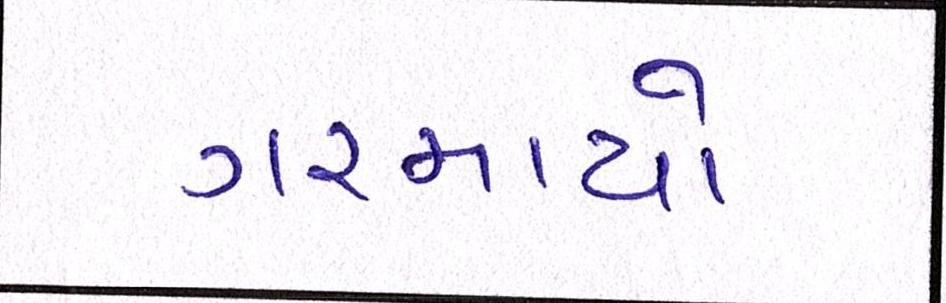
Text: ગરમાયો